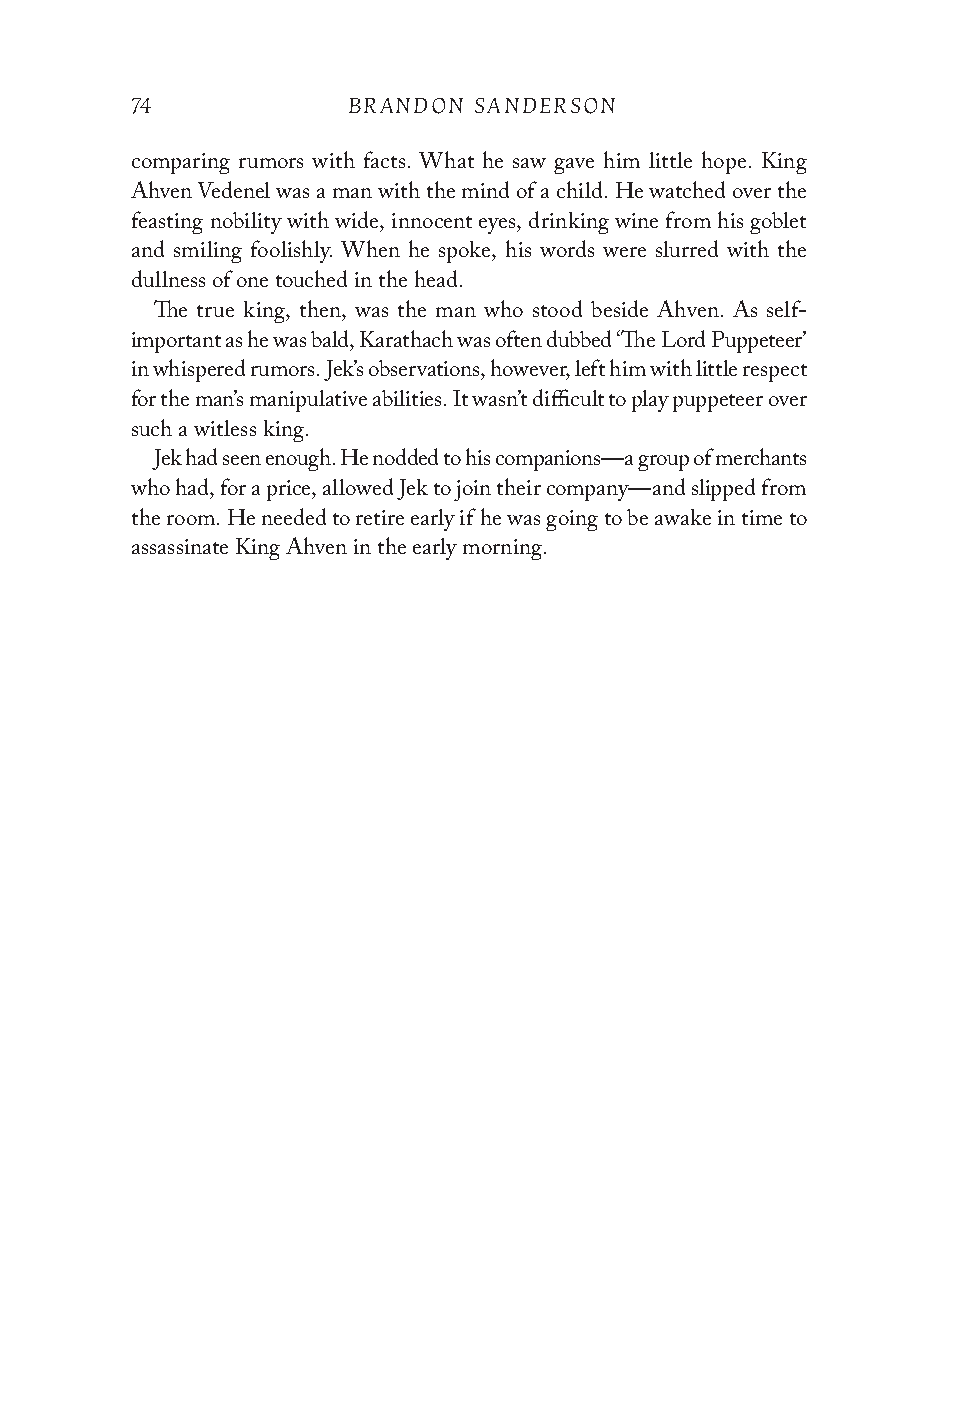
74            BRANDON SANDERSON
 comparing rumors with facts. What he saw gave him little hope. King
 Ahven Vedenel was a man with the mind of a child. He watched over the
 feasting nobility with wide, innocent eyes, drinking wine from his goblet
 and smiling foolishly. When he spoke, his words were slurred with the
 dullness of one touched in the head.
 The true king, then, was the man who stood beside Ahven. As self-
 important as he was bald, Karathach was often dubbed ‘The Lord Puppeteer’
 in whispered rumors. Jek’s observations, however, left him with little respect
 for the man’s manipulative abilities. It wasn’t difficult to play puppeteer over
 such a witless king.
 Jek had seen enough. He nodded to his companions—a group of merchants
 who had, for a price, allowed Jek to join their company—and slipped from
 the room. He needed to retire early if he was going to be awake in time to
 assassinate King Ahven in the early morning.